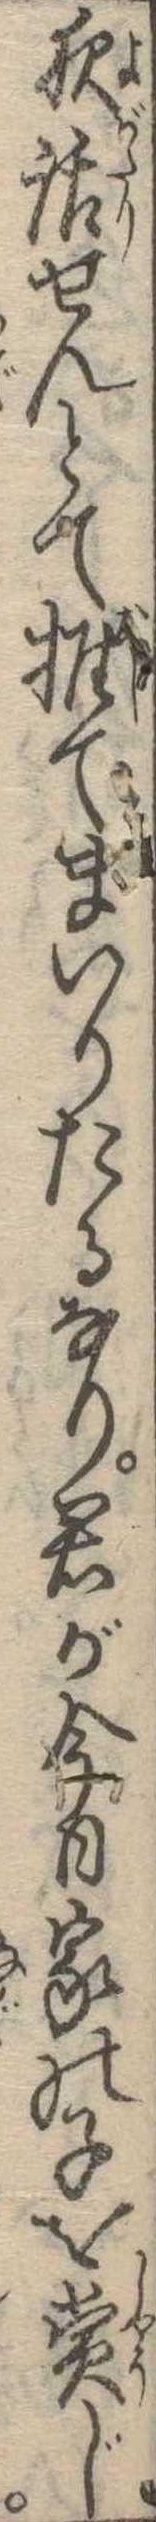
夜話せんとて推てまいりたるなり君が今日家の子を賞じ